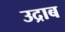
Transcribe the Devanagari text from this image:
उद्राब